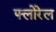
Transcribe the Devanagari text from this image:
फ्लोरेल